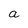
Character: a